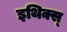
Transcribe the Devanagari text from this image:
इथिक्स्